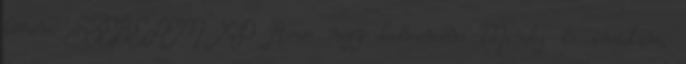
kérem SZERELEM XD Reese nagy kedvencem Mindig is imádtam,